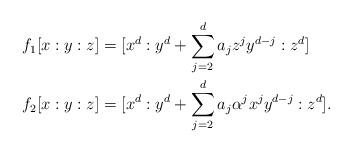
LaTeX: \begin{align*}f_1[x:y:z] &=[x^d : y^d +\sum_{j=2}^d a_j z^{j} y^{d-j}: z^d] \\ f_2[x:y:z] &=[x^d : y^d +\sum_{j=2}^d a_j \alpha^j x^{j} y^{d-j}: z^d].\end{align*}